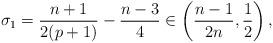
LaTeX: \begin{align*} \sigma_1 = \frac{n+1}{2(p+1)}-\frac{n-3}{4} \in \left(\frac{n-1}{2n}, \frac{1}{2}\right), \end{align*}